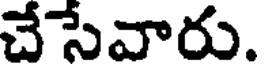
చేసేవారు.